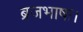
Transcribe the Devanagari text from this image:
ब्रजभाषा।